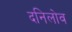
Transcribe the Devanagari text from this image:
दनिलोव